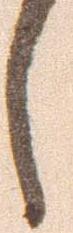
し